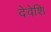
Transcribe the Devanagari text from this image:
देवेशि